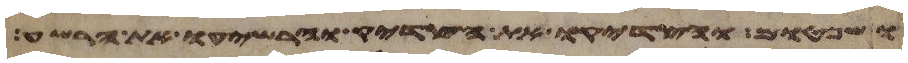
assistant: ושפטום והצדיקו את הצדיק והרשיעו את הרשע